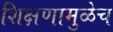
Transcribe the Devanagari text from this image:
शिक्षणामुळेच